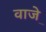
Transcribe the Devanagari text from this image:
वाजे़